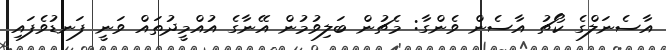
އާސެނަލްގެ ކޯޗު އާސެން ވެންގާ: މެޗުން ބަލިވުމުން އޭނާގެ އުއްމީދުތައް ވަނީ ފަނޑުވެފައި